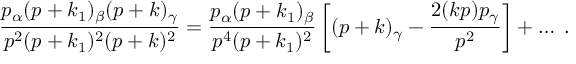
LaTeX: \frac { p _ { \alpha } ( p + k _ { 1 } ) _ { \beta } ( p + k ) _ { \gamma } } { p ^ { 2 } ( p + k _ { 1 } ) ^ { 2 } ( p + k ) ^ { 2 } } = \frac { p _ { \alpha } ( p + k _ { 1 } ) _ { \beta } } { p ^ { 4 } ( p + k _ { 1 } ) ^ { 2 } } \left[ ( p + k ) _ { \gamma } - \frac { 2 ( k p ) p _ { \gamma } } { p ^ { 2 } } \right] + \ldots \; .